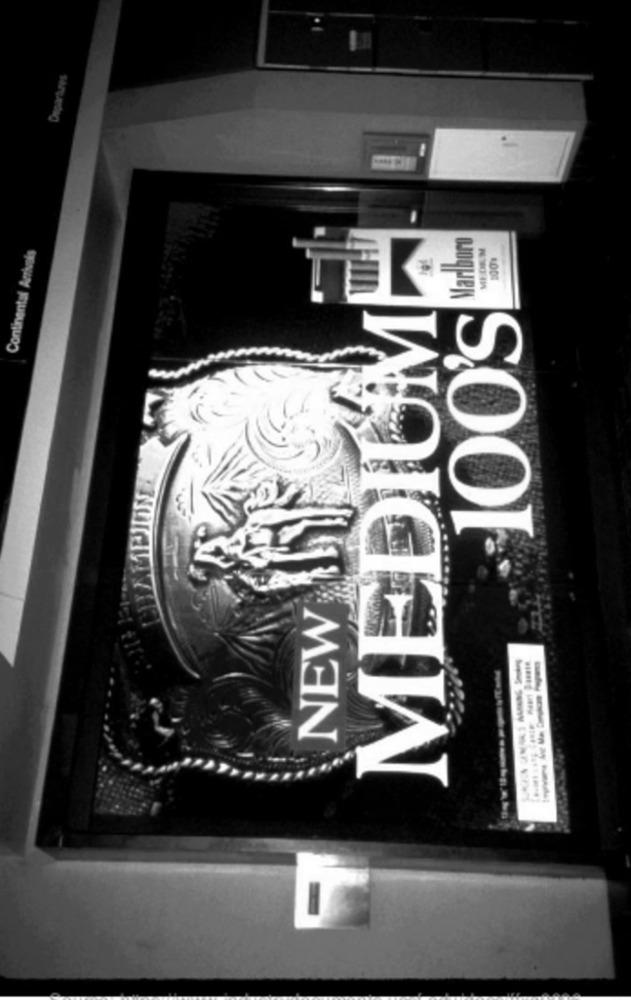
Departures
Marlboro
MEDKM
Continental Arrivals
MEDIUME
100'S
NEW